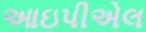
આઇપીએલ